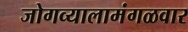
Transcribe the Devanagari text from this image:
जोगव्यालामंगळवार